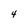
Character: 4